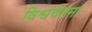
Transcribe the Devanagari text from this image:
विश्वचेतना